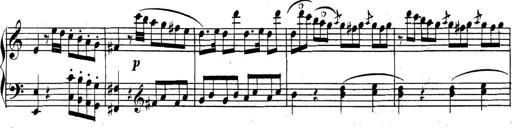
Title: Collected Piano Sonatas
Composer: Muzio Clementi